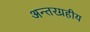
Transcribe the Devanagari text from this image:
अन्तरग्रहीय